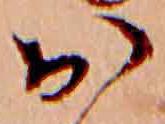
お